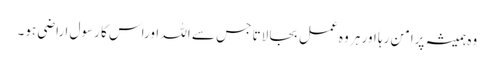
وہ ہمیشہ پرامن رہا اور ہر وہ عمل بجا لاتا جس سے اللہ اوراس کا رسول ا راضی ہو۔